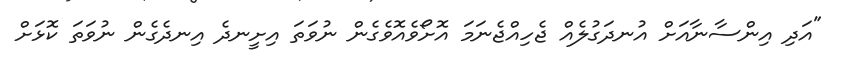
"އަދި އިންސާނާއަށް އުނދަގުލެއް ޖެހިއްޖެނަމަ އޮށޯވެއޮވެގެން ނުވަތަ އިށީނދެ އިނދެގެން ނުވަތަ ކޮޅަށް